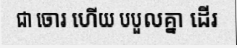
ជា ចោរ ហើយ បបួលគ្នា ដើរ